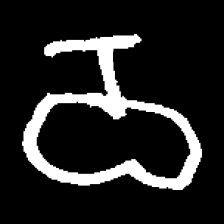
Pyu character \u2014 Myanmar letter: ဝ (romanized: wa)